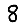
Digit: 8